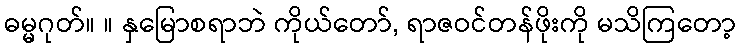
ဓမ္မဂုတ်။ ။ နှမြောစရာဘဲ ကိုယ်တော်, ရာဇဝင်တန်ဖိုးကို မသိကြတော့